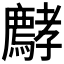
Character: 𡦵